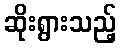
ဆိုးရွားသည့်